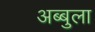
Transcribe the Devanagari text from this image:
अब्बुला